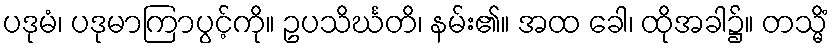
ပဒုမံ၊ ပဒုမာကြာပွင့်ကို။ ဥပသိင်္ဃတိ၊ နမ်း၏။ အထ ခေါ၊ ထိုအခါ၌။ တသ္မိံ